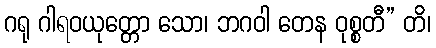
ဂရု ဂါရဝယုတ္တော သော၊ ဘဂဝါ တေန ဝုစ္စတီ” တိ၊